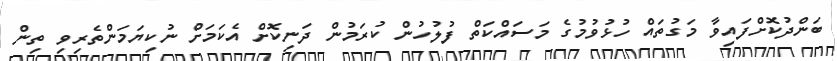
ބަންދުކޮށްފައިވާ މަގުތައް ހުޅުވުމުގެ މަސައްކަތް ފުލުހުން ކުރަމުން ދަނިކޮށް އެކަމަށް ނުކިޔަމަންތެރިވި ތިން